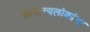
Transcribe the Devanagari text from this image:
सामान्यलोकांना